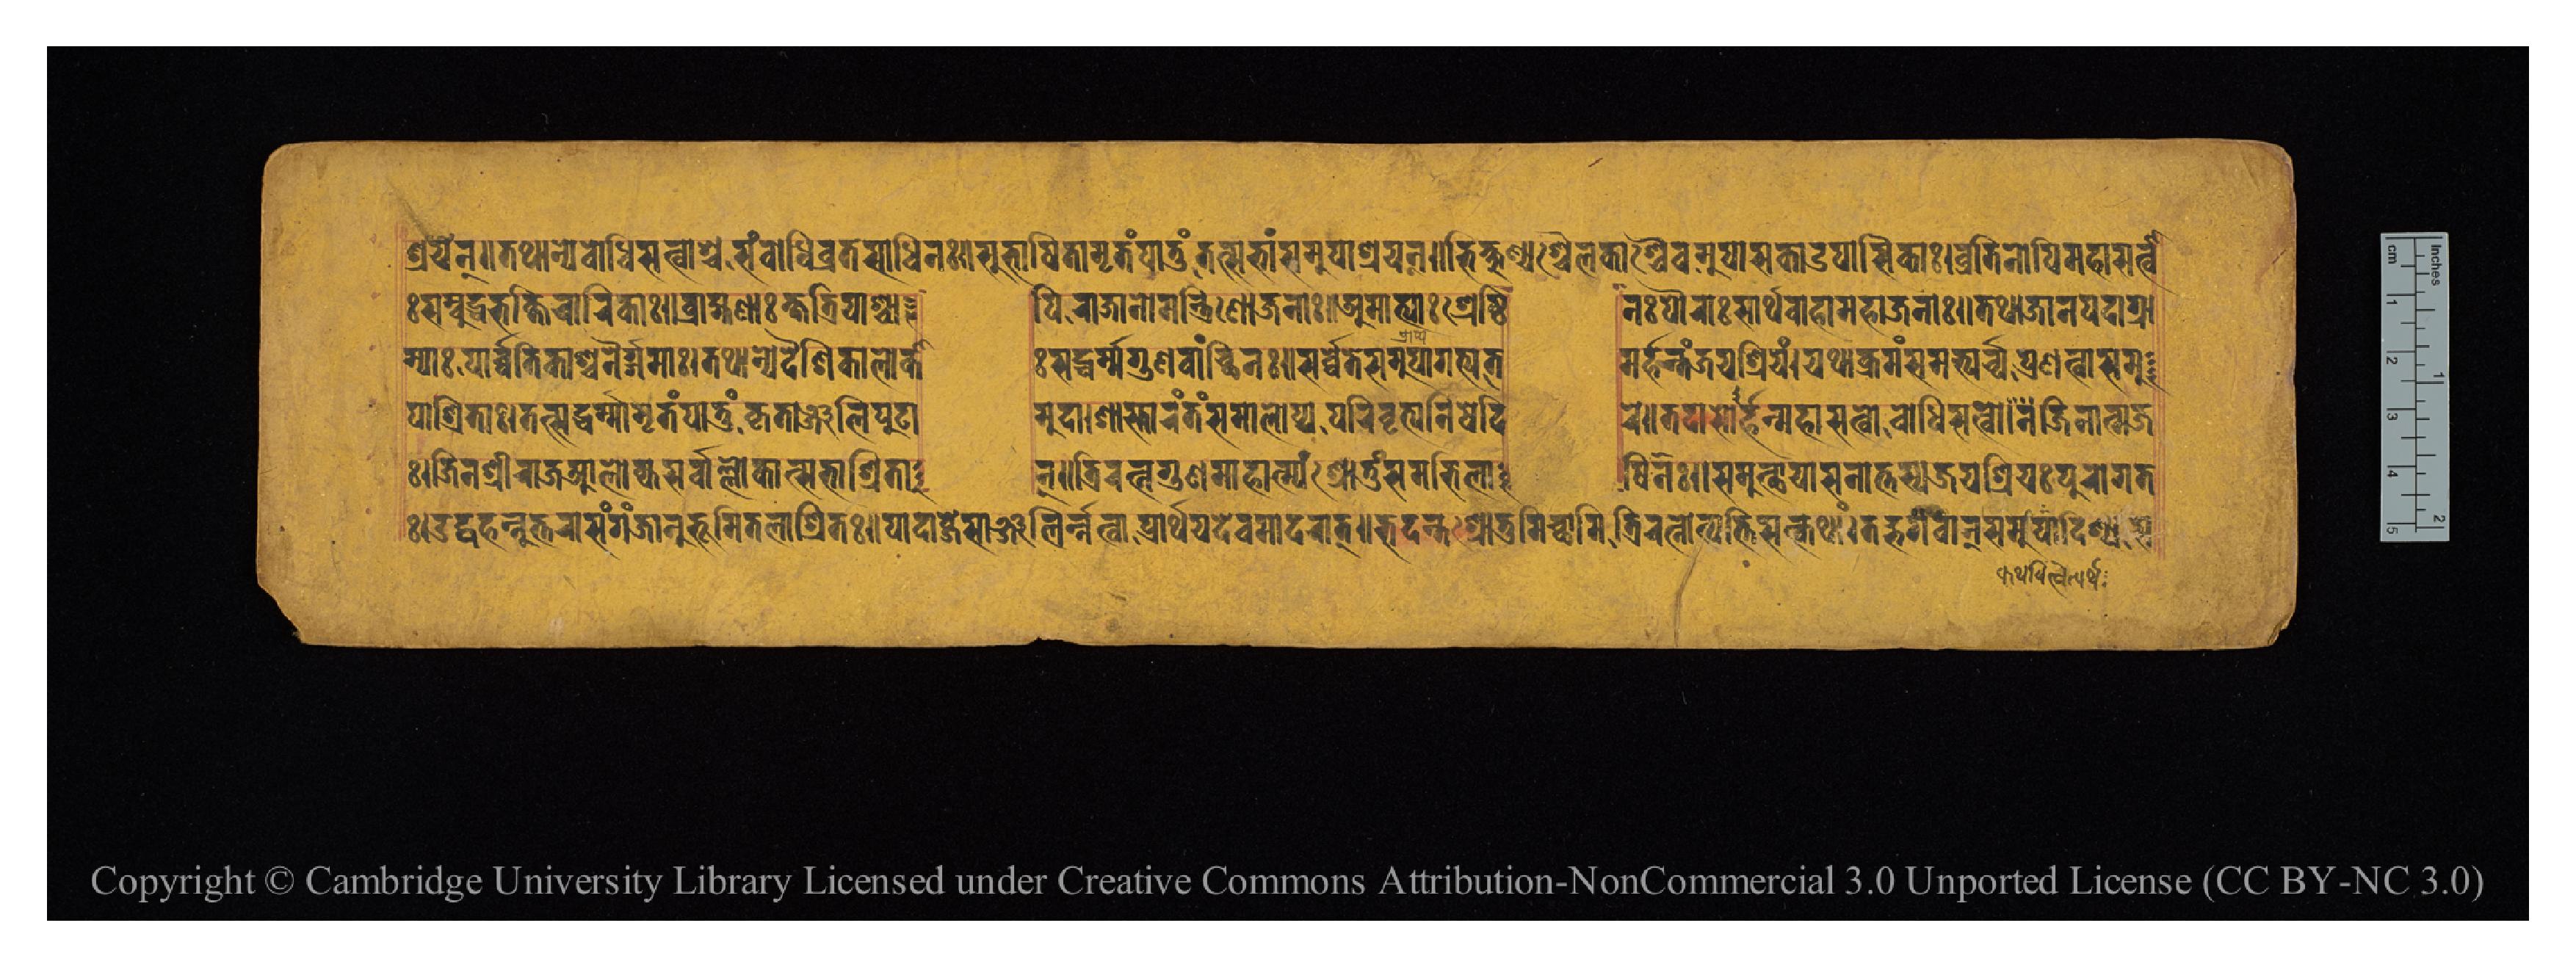
𑐱𑑂𑐬𑐫𑐣𑑂𑑌𑐟𑐠𑐵𑐣𑑂𑐫𑐾𑐧𑑀𑐢𑐶𑐳𑐟𑑂𑐰𑐵𑐱𑑂𑐔𑐳𑑄𑐧𑑀𑐢𑐶𑐰𑑂𑐬𑐟𑐳𑐵𑐢𑐶𑐣𑑅𑑌𑐳𑐸𑐨𑐵𑐲𑐶𑐟𑐵𑐩𑐺𑐟𑑄𑐥𑐵𑐟𑐸𑑄𑐟𑐟𑑂𑐳𑐨𑐵𑑄𑐳𑐩𑐸𑐥𑐵𑐱𑑂𑐬𑐫𑐣𑑂𑑌𑐨𑐶𑐎𑑂𑐲𑐸𑐞𑑂𑐫𑐱𑑂𑐔𑐾𑐮𑐎𑐵𑐱𑑂𑐔𑐿𑐰𑐩𑐸𑐥𑐵𑐳𑐎𑐵𑐄𑐥𑐵𑐳𑐶𑐎𑐵𑑅𑑋𑐰𑑂𑐬𑐟𑐶𑐣𑑀𑐥𑐶𑐩𑐴𑐵𑐳𑐟𑑂𑐰𑐵 𑑅𑐳𑐩𑑂𑐧𑐸𑐡𑑂𑐢𑐨𑐎𑑂𑐟𑐶𑐔𑐵𑐬𑐶𑐎𑐵𑑅𑑌𑐧𑑂𑐬𑐵𑐴𑑂𑐩𑐞𑐵𑑅𑐎𑑂𑐲𑐟𑑂𑐬𑐶𑐫𑐵𑐱𑑂𑐔𑐵  𑐥𑐶𑐬𑐵𑐖𑐵𑐣𑑀𑐩𑐣𑑂𑐟𑑂𑐬𑐶𑐞𑑀𑐖𑐣𑐵𑑅𑑌𑐀𑐩𑐵𑐟𑑂𑐫𑐵𑑅𑐱𑑂𑐬𑐾𑐲𑑂𑐛𑐶  𑐣𑑅𑐥𑑁𑐬𑐵𑑅𑐳𑐵𑐬𑑂𑐠𑐰𑐵𑐴𑐵𑐩𑐴𑐵𑐖𑐣𑐵𑑅𑑌𑐟𑐠𑐵𑐖𑐵𑐣𑐥𑐡𑐵𑐐𑑂𑐬𑐵 𑐩𑑂𑐫𑐵𑑅𑐥𑐵𑐬𑑂𑐰𑐟𑐶𑐎𑐵𑐱𑑂𑐔𑐣𑐿𑐬𑑂𑐐𑐩𑐵𑑅𑑋𑐟𑐠𑐵𑐣𑑂𑐫𑐾𑐡𑐿𑐱𑐶𑐎𑐵𑐮𑑀𑐎𑐵  𑑅𑐳𑐡𑑂𑐢𑐬𑑂𑐩𑑂𑐩𑐐𑐸𑐞𑐰𑐵𑐘𑑂𑐕𑐶𑐣𑑅𑑌𑐳𑐬𑑂𑐰𑑂𑐰𑐾𑐟𑐾𑐳𑐩𑐸𑐥𑐵𑐐𑐟𑑂𑐫𑐟  𑐩𑐬𑑂𑐴𑐣𑑂𑐟𑐘𑑂𑐖𑐫𑐱𑑂𑐬𑐶𑐫𑑄𑑋𑐫𑐠𑐵𑐎𑑂𑐬𑐩𑑄𑐳𑐩𑐨𑑂𑐫𑐬𑑂𑐔𑑂𑐫𑐥𑑂𑐬𑐞𑐟𑑂𑐰𑐵𑐳𑐩𑐸 𑐥𑐵𑐱𑑂𑐬𑐶𑐟𑐵𑑅𑑋𑐟𑐟𑑂𑐳𑐡𑑂𑐢𑐬𑑂𑐩𑐵𑐩𑐺𑐟𑑄𑐥𑐵𑐟𑐸𑑄𑐎𑐺𑐟𑐵𑐘𑑂𑐖𑐮𑐶𑐥𑐸𑐚𑐵  𑐩𑐸𑐡𑐵𑑋𑐱𑐵𑐳𑑂𑐟𑐵𑐬𑑄𑐟𑑄𑐳𑐩𑐵𑐮𑑀𑐎𑑂𑐫𑐥𑐬𑐶𑐰𑐺𑐟𑑂𑐫𑐣𑐶𑐲𑐾𑐡𑐶  𑐬𑐾𑑌𑐟𑐡𑐵𑐳𑑀𑐬𑑂𑐴𑐣𑑂𑐩𑐴𑐵𑐳𑐟𑑂𑐰𑑀𑐧𑑀𑐢𑐶𑐳𑐟𑑂𑐰𑑀𑐣𑐖𑐶𑐣𑐵𑐟𑑂𑐩𑐖 𑑅𑑋𑐖𑐶𑐣𑐱𑑂𑐬𑐷𑐬𑐵𑐖𑐣𑑂𑐣𑐵𑐮𑑀𑐎𑑂𑐫𑐳𑐬𑑂𑐰𑑂𑐰𑐵𑑄𑐮𑑂𑐮𑑀𑐎𑐵𑐣𑑂𑐳𑐨𑐵𑐱𑑂𑐬𑐷𑐟𑐵  𑐣𑑂𑑌𑐟𑑂𑐬𑐶𑐬𑐟𑑂𑐣𑐐𑐸𑐞𑐩𑐵𑐴𑐵𑐟𑑂𑐩𑑂𑐫𑑄𑐱𑑂𑐬𑑀𑐟𑐸𑑄𑐳𑐩𑐨𑐶𑐮𑐵  𑐲𑐶𑐞𑑅𑑌𑐳𑐩𑐸𑐟𑑂𑐠𑐵𑐫𑐵𑐳𑐣𑐵𑐟𑑂𑐟𑐳𑑂𑐫𑐖𑐫𑐱𑑂𑐬𑐶𑐫𑑅𑐥𑐸𑐬𑑀𑐐𑑂𑐬𑐟 𑑅𑑋𑐄𑐡𑑂𑐰𑐴𑐣𑑂𑐣𑐸𑐟𑑂𑐟𑐬𑐵𑐳𑑄𑐐𑐘𑑂𑐖𑐵𑐣𑐸𑐨𑐹𑐩𑐶𑐟𑐮𑐵𑐱𑑂𑐬𑐶𑐟𑑅𑑌𑐥𑐵𑐡𑐵𑐧𑑂𑐖𑑄𑐳𑐵𑐘𑑂𑐖𑐮𑐶𑐬𑑂𑐣𑐟𑑂𑐰𑐵𑐥𑑂𑐬𑐵𑐬𑑂𑐠𑐫𑐡𑐾𑐰𑐩𑐵𑐡𑐬𑐵𑐟𑑂𑑌𑐨𑐡𑐣𑑂𑐟𑐱𑑂𑐬𑑀𑐟𑐸𑐩𑐶𑐕𑐵𑐩𑐶𑐟𑑂𑐬𑐶𑐬𑐟𑑂𑐣𑑀𑐟𑑂𑐥𑐟𑑂𑐟𑐶𑐳𑐟𑑂𑐎𑐠𑐵𑑄𑑋𑐟𑐡𑑂𑐨𑐐𑐰𑐵𑐣𑑂𑐳𑐩𑐸𑐥𑐵𑐡𑐶𑐱𑑂𑐫 𑐳